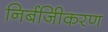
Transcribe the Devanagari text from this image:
निर्बजिीकरण